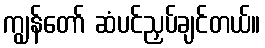
ကျွန်တော် ဆံပင်ညှပ်ချင်တယ်။